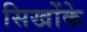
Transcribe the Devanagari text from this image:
सिखोंके